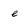
Character: e